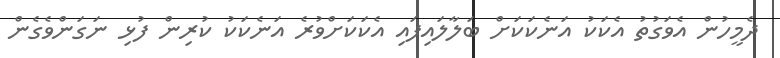
ދެމީހުން އެވަގުތު އެކަކު އަނެކަކަށް ބަލާލައިފައި އެކަކަށްވުރެ އަނެކަކު ކުރިން ފުޅި ނަގަންވެގެން